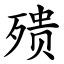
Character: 㱮